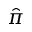
\hat { \pi }